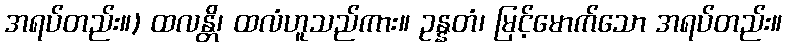
အရပ်တည်း။) ထလန္တိ၊ ထလံဟူသည်ကား။ ဥန္နတံ၊ မြင့်မောက်သော အရပ်တည်း။